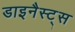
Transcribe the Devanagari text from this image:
डाइनैस्ट्स